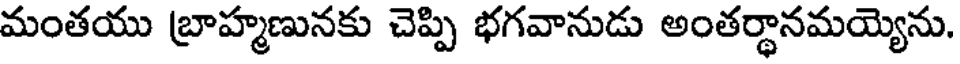
మంతయు బ్రాహ్మణునకు చెప్పి భగవానుడు అంతర్థానమయ్యెను.